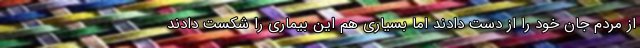
از مردم جان خود را از دست دادند اما بسیاری هم این بیماری را شکست دادند